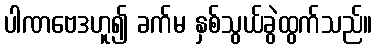
ပါဏဗေဒဟူ၍ ခက်မ နှစ်သွယ်ခွဲထွက်သည်။